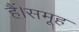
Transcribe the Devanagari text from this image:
हैं।समूह